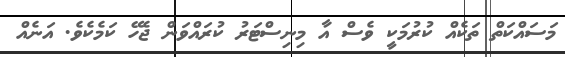
މަސައްކަތް ތަކެއް ކުރުމަކީ ވެސް އާ މިނިސްޓަރު ކުރައްވަން ޖެހޭ ކަމެކެވެ. އަނެއް